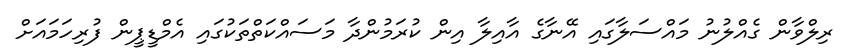
ރިލްވާން ގެއްލުނު މައްސަލާގައި އޭނާގެ އާއިލާ އިން ކުރަމުންދާ މަސައްކަތްތަކުގައި އެމްޑީޕީން ފުރިހަމައަށް